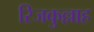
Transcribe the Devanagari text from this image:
रिजकुल्लाह